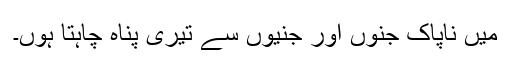
میں ناپاک جنّوں اور جنّیوں سے تیری پناہ چاہتا ہوں۔